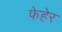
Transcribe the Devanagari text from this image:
फेहेर